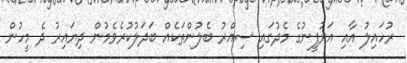
ރުހައިލު އާއި އަރުފީނުގެ މެދުގައި ސިއްރު ބެލުންތަކެއް ބަދަލުކުރެވެމުން ދިޔައިރު ދެ މީހުން